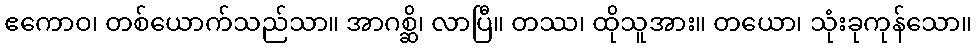
ဧကောဝ၊ တစ်ယောက်သည်သာ။ အာဂစ္ဆိ၊ လာပြီ။ တဿ၊ ထိုသူအား။ တယော၊ သုံးခုကုန်သော။